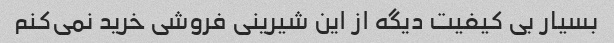
بسیار بی کیفیت دیگه از این شیرینی فروشی خرید نمی‌کنم